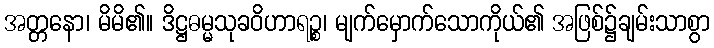
အတ္တနော၊ မိမိ၏။ ဒိဋ္ဌဓမ္မသုခဝိဟာရဉ္စ၊ မျက်မှောက်သောကိုယ်၏ အဖြစ်၌ချမ်းသာစွာ